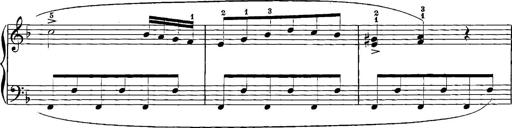
Title: 12 Sonatinas
Composer: Ignaz Pleyel